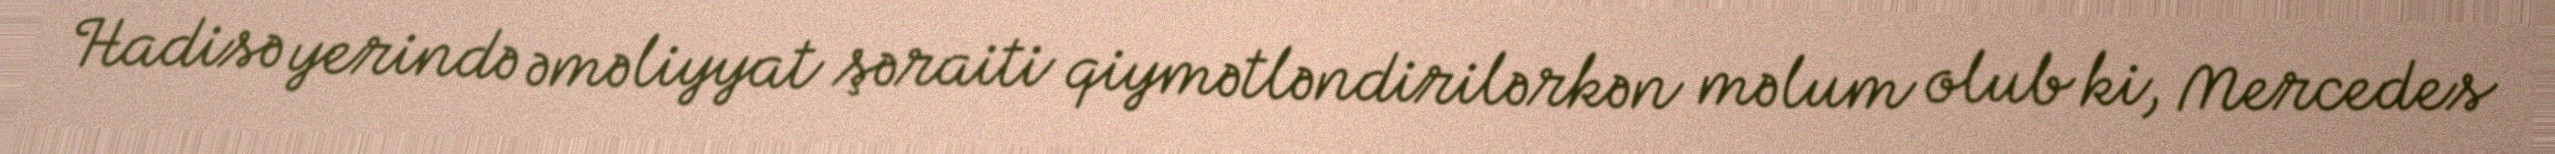
Hadisə yerində əməliyyat şəraiti qiymətləndirilərkən məlum olub ki, Mercedes